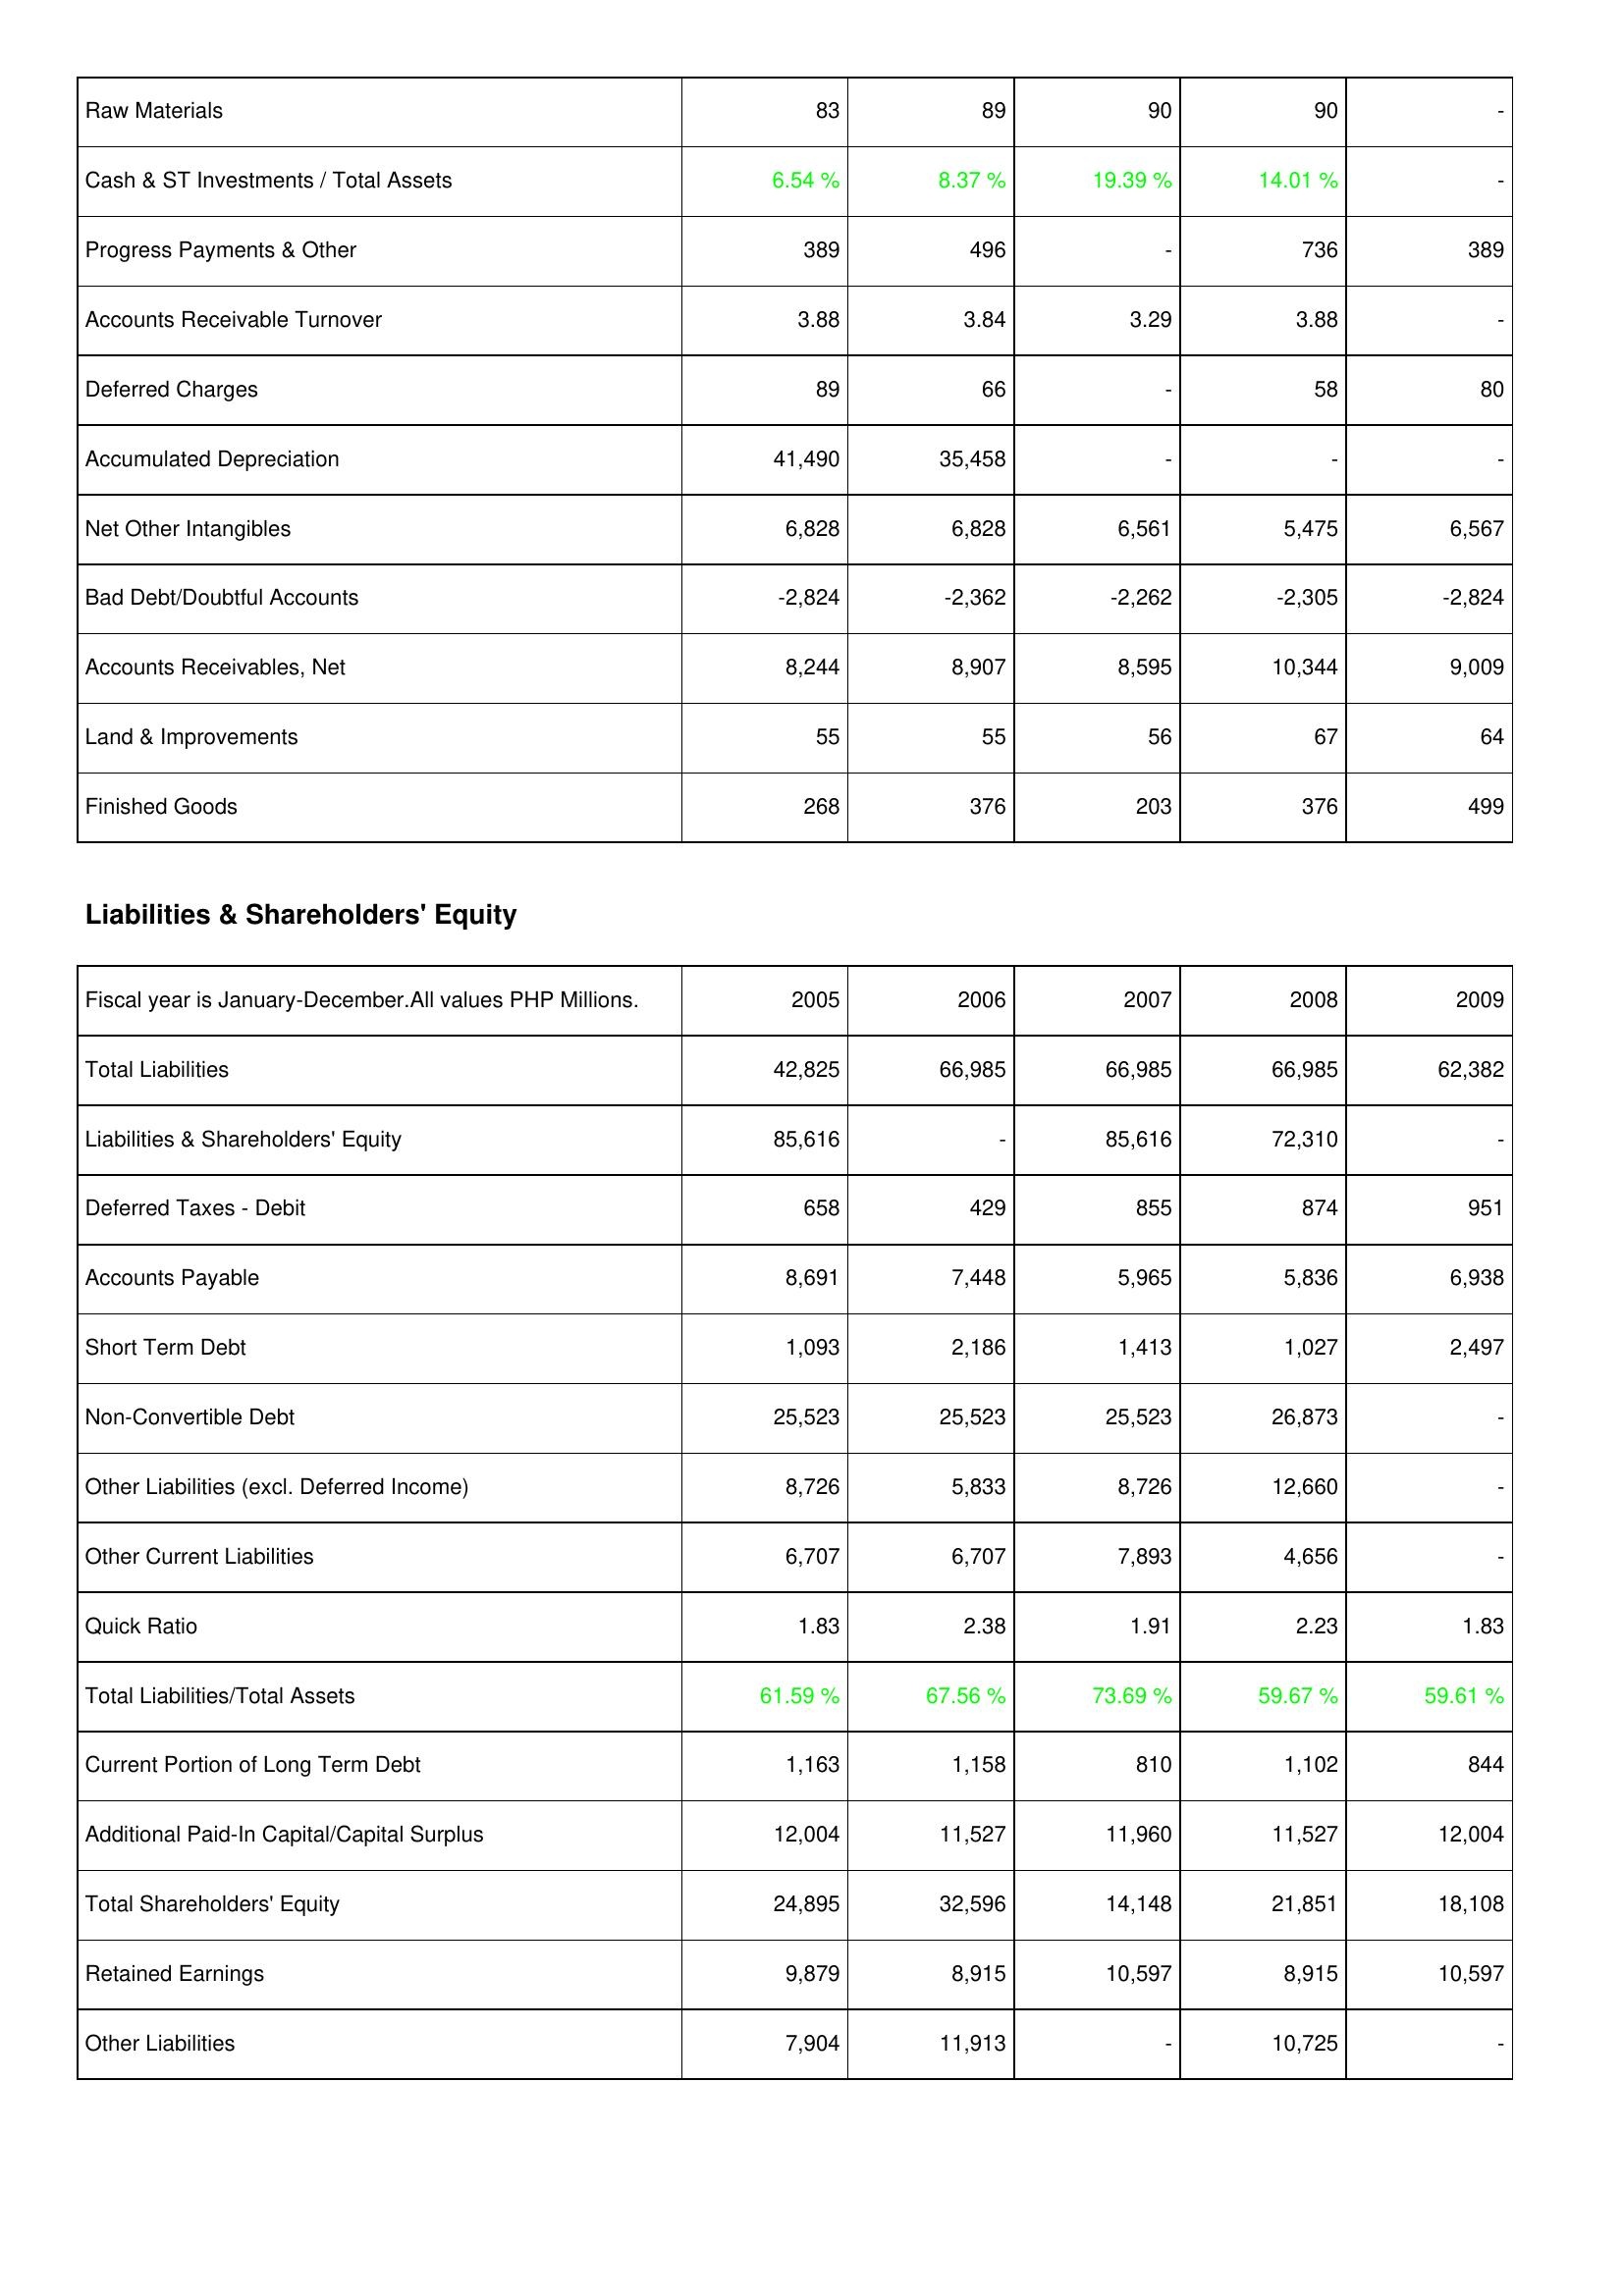
2005: Assets: Raw Materials: 83
Cash & ST Investments / Total Assets: 6.54 %
Progress Payments & Other: 389
Accounts Receivable Turnover: 3.88
Deferred Charges: 89
Accumulated Depreciation: 41,490
Net Other Intangibles: 6,828
Bad Debt/Doubtful Accounts: -2,824
Accounts Receivables, Net: 8,244
Land & Improvements: 55
Finished Goods: 268
Liabilities & Shareholders' Equity: Total Liabilities: 42,825
Liabilities & Shareholders' Equity: 85,616
Deferred Taxes - Debit: 658
Accounts Payable: 8,691
Short Term Debt: 1,093
Non-Convertible Debt: 25,523
Other Liabilities (excl. Deferred Income): 8,726
Other Current Liabilities: 6,707
Quick Ratio: 1.83
Total Liabilities/Total Assets: 61.59 %
Current Portion of Long Term Debt: 1,163
Additional Paid-In Capital/Capital Surplus: 12,004
Total Shareholders' Equity: 24,895
Retained Earnings: 9,879
Other Liabilities: 7,904
2006: Assets: Raw Materials: 89
Cash & ST Investments / Total Assets: 8.37 %
Progress Payments & Other: 496
Accounts Receivable Turnover: 3.84
Deferred Charges: 66
Accumulated Depreciation: 35,458
Net Other Intangibles: 6,828
Bad Debt/Doubtful Accounts: -2,362
Accounts Receivables, Net: 8,907
Land & Improvements: 55
Finished Goods: 376
Liabilities & Shareholders' Equity: Total Liabilities: 66,985
Liabilities & Shareholders' Equity: -
Deferred Taxes - Debit: 429
Accounts Payable: 7,448
Short Term Debt: 2,186
Non-Convertible Debt: 25,523
Other Liabilities (excl. Deferred Income): 5,833
Other Current Liabilities: 6,707
Quick Ratio: 2.38
Total Liabilities/Total Assets: 67.56 %
Current Portion of Long Term Debt: 1,158
Additional Paid-In Capital/Capital Surplus: 11,527
Total Shareholders' Equity: 32,596
Retained Earnings: 8,915
Other Liabilities: 11,913
2007: Assets: Raw Materials: 90
Cash & ST Investments / Total Assets: 19.39 %
Progress Payments & Other: -
Accounts Receivable Turnover: 3.29
Deferred Charges: -
Accumulated Depreciation: -
Net Other Intangibles: 6,561
Bad Debt/Doubtful Accounts: -2,262
Accounts Receivables, Net: 8,595
Land & Improvements: 56
Finished Goods: 203
Liabilities & Shareholders' Equity: Total Liabilities: 66,985
Liabilities & Shareholders' Equity: 85,616
Deferred Taxes - Debit: 855
Accounts Payable: 5,965
Short Term Debt: 1,413
Non-Convertible Debt: 25,523
Other Liabilities (excl. Deferred Income): 8,726
Other Current Liabilities: 7,893
Quick Ratio: 1.91
Total Liabilities/Total Assets: 73.69 %
Current Portion of Long Term Debt: 810
Additional Paid-In Capital/Capital Surplus: 11,960
Total Shareholders' Equity: 14,148
Retained Earnings: 10,597
Other Liabilities: -
2008: Assets: Raw Materials: 90
Cash & ST Investments / Total Assets: 14.01 %
Progress Payments & Other: 736
Accounts Receivable Turnover: 3.88
Deferred Charges: 58
Accumulated Depreciation: -
Net Other Intangibles: 5,475
Bad Debt/Doubtful Accounts: -2,305
Accounts Receivables, Net: 10,344
Land & Improvements: 67
Finished Goods: 376
Liabilities & Shareholders' Equity: Total Liabilities: 66,985
Liabilities & Shareholders' Equity: 72,310
Deferred Taxes - Debit: 874
Accounts Payable: 5,836
Short Term Debt: 1,027
Non-Convertible Debt: 26,873
Other Liabilities (excl. Deferred Income): 12,660
Other Current Liabilities: 4,656
Quick Ratio: 2.23
Total Liabilities/Total Assets: 59.67 %
Current Portion of Long Term Debt: 1,102
Additional Paid-In Capital/Capital Surplus: 11,527
Total Shareholders' Equity: 21,851
Retained Earnings: 8,915
Other Liabilities: 10,725
2009: Assets: Raw Materials: -
Cash & ST Investments / Total Assets: -
Progress Payments & Other: 389
Accounts Receivable Turnover: -
Deferred Charges: 80
Accumulated Depreciation: -
Net Other Intangibles: 6,567
Bad Debt/Doubtful Accounts: -2,824
Accounts Receivables, Net: 9,009
Land & Improvements: 64
Finished Goods: 499
Liabilities & Shareholders' Equity: Total Liabilities: 62,382
Liabilities & Shareholders' Equity: -
Deferred Taxes - Debit: 951
Accounts Payable: 6,938
Short Term Debt: 2,497
Non-Convertible Debt: -
Other Liabilities (excl. Deferred Income): -
Other Current Liabilities: -
Quick Ratio: 1.83
Total Liabilities/Total Assets: 59.61 %
Current Portion of Long Term Debt: 844
Additional Paid-In Capital/Capital Surplus: 12,004
Total Shareholders' Equity: 18,108
Retained Earnings: 10,597
Other Liabilities: -